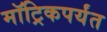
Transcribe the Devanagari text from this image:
मॉट्रिकपर्यंत